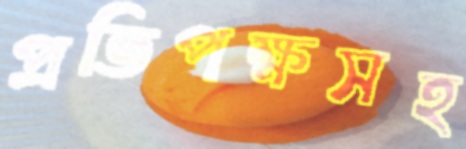
প্রতিপক্ষসহ